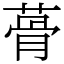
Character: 蓇